Vaccination in Bombay 1863-1868 - 1863-1868
Year: 1863
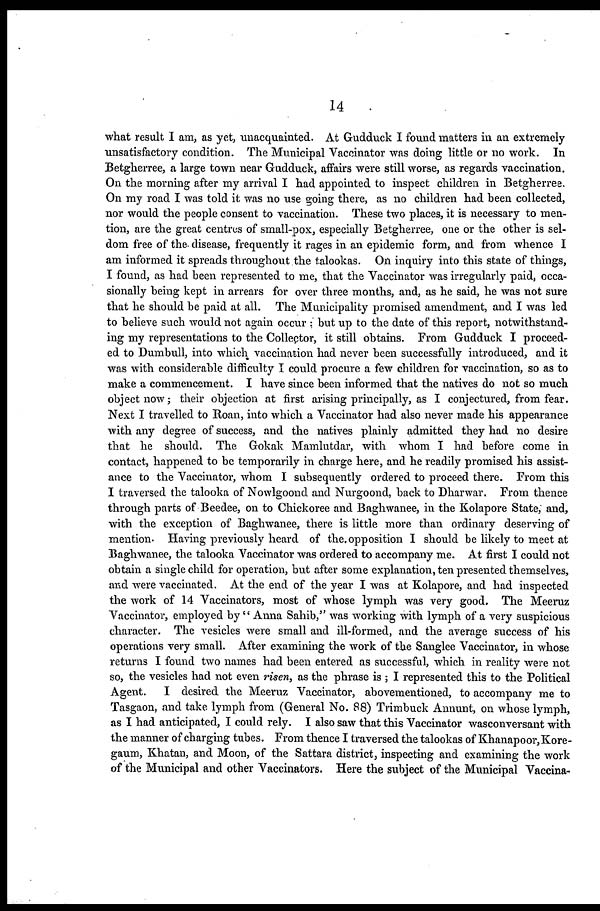
14
what result I am, as yet, unacquainted. At Gudduck I found matters in an extremely
unsatisfactory condition. The Municipal Vaccinator was doing little or no work. In
Betgherree, a large town near Gudduck, affairs were still worse, as regards vaccination.
On the morning after my arrival I had appointed to inspect children in Betgherree.
On my road I was told it was no use going there, as no children had been collected,
nor would the people consent to vaccination. These two places, it is necessary to men-
tion, are the great centres of small-pox, especially Betgherree, one or the other is sel-
dom free of the- disease, frequently it rages in an epidemic form, and from whence I
am informed it spreads throughout the talookas. On inquiry into this state of things,
I found, as had been represented to me, that the Vaccinator was irregularly paid, occa-
sionally being kept in arrears for over three months, and, as he said, he was not sure
that he should be paid at all. The Municipality promised amendment, and I was led
to believe such would not again occur but up to the date of this report, notwithstand-
ing my representations to the Collector, it still obtains. From Gudduck I proceed-
ed to Dumbull, into which vaccination had never been successfully introduced, and it
was with considerable difficulty I could procure a few children for vaccination, so as to
make a commencement. I have since been informed that the natives do not so much
object now; their objection at first arising principally, as I conjectured, from fear.
Next I travelled to Roan, into which a Vaccinator had also never made his appearance
with any degree of success, and the natives plainly admitted they had no desire
that he should. The Gokak Mamlutdar, with whom I had before come in
contact, happened to be temporarily in charge here, and he readily promised his assist-
ance to the Vaccinator, whom I subsequently ordered to proceed there. From this
I traversed the talooka of Nowlgoond and Nurgoond, back to Dharwar. From thence
through parts of Beedee, on to Chickoree and Baghwanee, in the Kolapore State, and,
with the exception of Baghwanee, there is little more than ordinary deserving of
mention. Having previously heard of the. opposition I should be likely to meet at
Baghwanee, the talooka Vaccinator was ordered to accompany me. At first I could not
obtain a single child for operation, but after some explanation, ten presented themselves,
and were vaccinated. At the end of the year I was at Kolapore, and had inspected
the work of 14 Vaccinators, most of whose lymph was very good. The Meeruz
Vaccinator, employed by " Anna Sahib," was working with lymph of a very suspicious
character. The vesicles were small and ill-formed, and the average success of his
operations very small. After examining the work of the Sanglee Vaccinator, in whose
returns I found two names had been entered as successful, which in reality were not
so, the vesicles had not even risen, as the phrase is ; I represented this to the Political
Agent.
I desired the Meeruz Vaccinator, abovementioned, to accompany me to
Tasgaon, and take lymph from (General No. 88) Trimbuck Annunt, on whose lymph,
as I had anticipated, I could rely. I also saw that this Vaccinator wasconversant with
the manner of charging tubes. From thence I traversed the talookas of Khanapoor, Kore¬
gaum, Khatan, and Moon, of the Sattara district, inspecting and examining the work
of the Municipal and other Vaccinators. Here the subject of the Municipal Vaccina¬